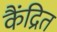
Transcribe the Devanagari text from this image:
कैंद्रित